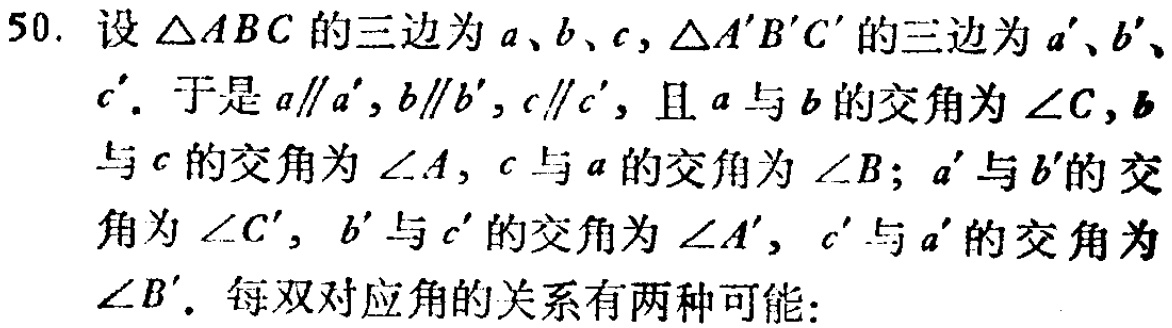
50. 设 \(\triangle ABC\) 的三边为 \(a、b、c\)，\(\triangle A'B'C'\) 的三边为 \(a'、b'、c'\)。于是 \(a\parallel a'\)，\(b\parallel b'\)，\(c\parallel c'\)，且 \(a\) 与 \(b\) 的交角为 \(\angle C\)，\(b\) 与 \(c\) 的交角为 \(\angle A\)，\(c\) 与 \(a\) 的交角为 \(\angle B\)；\(a'\) 与 \(b'\) 的交角为 \(\angle C'\)，\(b'\) 与 \(c'\) 的交角为 \(\angle A'\)，\(c'\) 与 \(a'\) 的交角为 \(\angle B'\)。每双对应角的关系有两种可能：